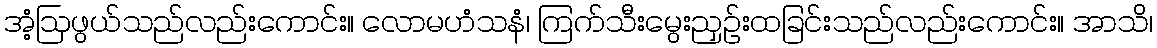
အံ့ဩဖွယ်သည်လည်းကောင်း။ လောမဟံသနံ၊ ကြက်သီးမွေးညှဉ်းထခြင်းသည်လည်းကောင်း။ အာသိ၊